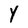
Character: Y